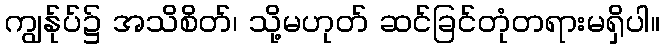
ကျွန်ုပ်၌ အသိစိတ်၊ သို့မဟုတ် ဆင်ခြင်တုံတရားမရှိပါ။